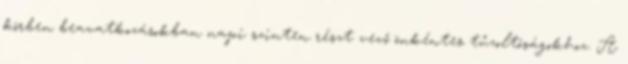
körben beavatkozásokban napi szinten részt vevő önkéntes tűzoltóságokhoz. A